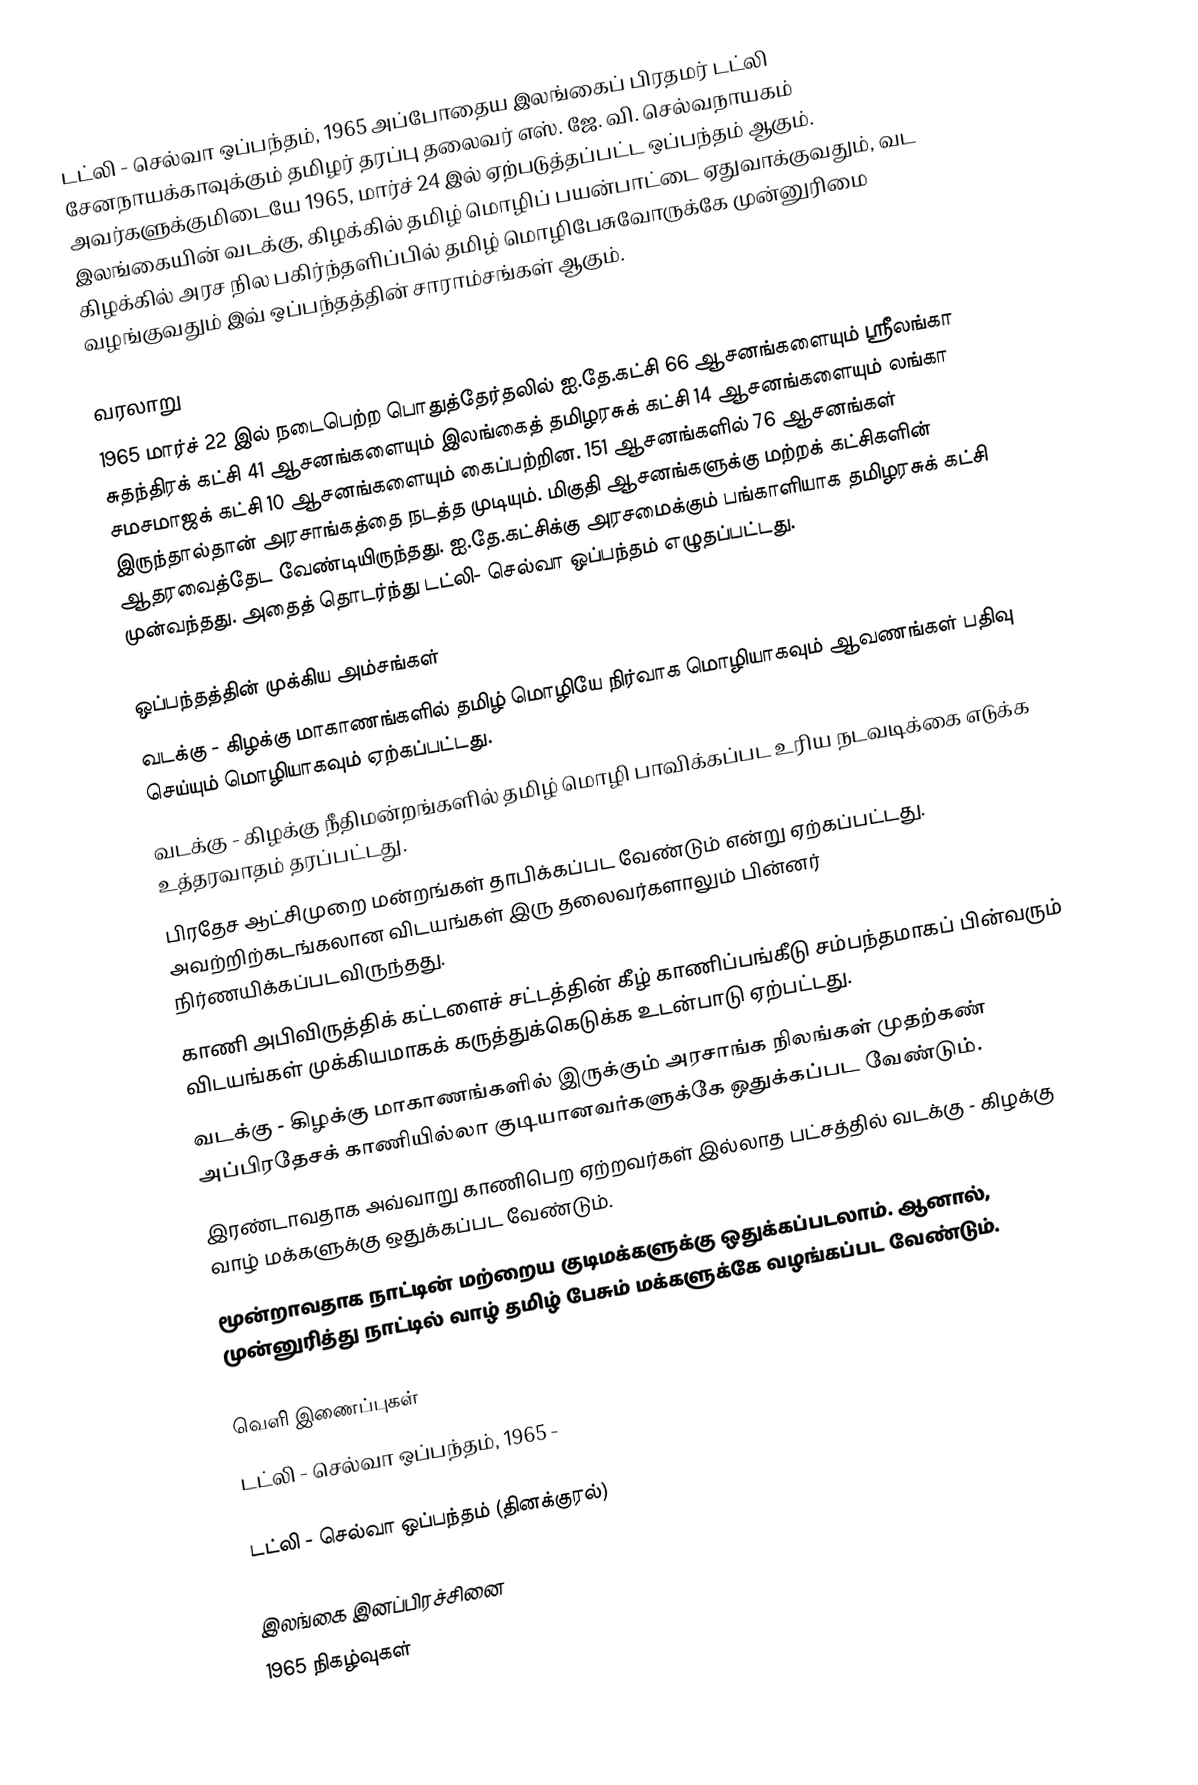
டட்லி - செல்வா ஒப்பந்தம், 1965 அப்போதைய இலங்கைப் பிரதமர் டட்லி சேனநாயக்காவுக்கும் தமிழர் தரப்பு தலைவர் எஸ். ஜே. வி. செல்வநாயகம் அவர்களுக்குமிடையே 1965, மார்ச் 24 இல் ஏற்படுத்தப்பட்ட ஒப்பந்தம் ஆகும். இலங்கையின் வடக்கு, கிழக்கில் தமிழ் மொழிப் பயன்பாட்டை ஏதுவாக்குவதும், வட கிழக்கில் அரச நில பகிர்ந்தளிப்பில் தமிழ் மொழிபேசுவோருக்கே முன்னுரிமை வழங்குவதும் இவ் ஒப்பந்தத்தின் சாராம்சங்கள் ஆகும்.

வரலாறு
1965 மார்ச் 22 இல் நடைபெற்ற பொதுத்தேர்தலில் ஐ.தே.கட்சி 66 ஆசனங்களையும் ஸ்ரீலங்கா சுதந்திரக் கட்சி 41 ஆசனங்களையும் இலங்கைத் தமிழரசுக் கட்சி 14 ஆசனங்களையும் லங்கா சமசமாஜக் கட்சி 10 ஆசனங்களையும் கைப்பற்றின. 151 ஆசனங்களில் 76 ஆசனங்கள் இருந்தால்தான் அரசாங்கத்தை நடத்த முடியும். மிகுதி ஆசனங்களுக்கு மற்றக் கட்சிகளின் ஆதரவைத்தேட வேண்டியிருந்தது. ஐ.தே.கட்சிக்கு அரசமைக்கும் பங்காளியாக தமிழரசுக் கட்சி முன்வந்தது. அதைத் தொடர்ந்து டட்லி- செல்வா ஒப்பந்தம் எழுதப்பட்டது.

ஒப்பந்தத்தின் முக்கிய அம்சங்கள்
 வடக்கு - கிழக்கு மாகாணங்களில் தமிழ் மொழியே நிர்வாக மொழியாகவும் ஆவணங்கள் பதிவு செய்யும் மொழியாகவும் ஏற்கப்பட்டது.
 வடக்கு - கிழக்கு நீதிமன்றங்களில் தமிழ் மொழி பாவிக்கப்பட உரிய நடவடிக்கை எடுக்க உத்தரவாதம் தரப்பட்டது.
 பிரதேச ஆட்சிமுறை மன்றங்கள் தாபிக்கப்பட வேண்டும் என்று ஏற்கப்பட்டது. அவற்றிற்கடங்கலான விடயங்கள் இரு தலைவர்களாலும் பின்னர் நிர்ணயிக்கப்படவிருந்தது.
 காணி அபிவிருத்திக் கட்டளைச் சட்டத்தின் கீழ் காணிப்பங்கீடு சம்பந்தமாகப் பின்வரும் விடயங்கள் முக்கியமாகக் கருத்துக்கெடுக்க உடன்பாடு ஏற்பட்டது.
வடக்கு - கிழக்கு மாகாணங்களில் இருக்கும் அரசாங்க நிலங்கள் முதற்கண் அப்பிரதேசக் காணியில்லா குடியானவர்களுக்கே ஒதுக்கப்பட வேண்டும்.
இரண்டாவதாக அவ்வாறு காணிபெற ஏற்றவர்கள் இல்லாத பட்சத்தில் வடக்கு - கிழக்கு வாழ் மக்களுக்கு ஒதுக்கப்பட வேண்டும்.
மூன்றாவதாக நாட்டின் மற்றைய குடிமக்களுக்கு ஒதுக்கப்படலாம். ஆனால், முன்னுரித்து நாட்டில் வாழ் தமிழ் பேசும் மக்களுக்கே வழங்கப்பட வேண்டும்.

வெளி இணைப்புகள்
 டட்லி - செல்வா ஒப்பந்தம், 1965  -

 டட்லி - செல்வா ஒப்பந்தம் (தினக்குரல்)

இலங்கை இனப்பிரச்சினை
1965 நிகழ்வுகள்